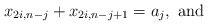
\begin{align*} x_{2i,n-j} + x_{2i,n-j+1}=a_j, \mbox{ and }\end{align*}